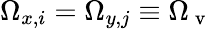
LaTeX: \Omega_{x,i}=\Omega_{y,j}\equiv\Omega_{\mathrm{~v~}}